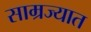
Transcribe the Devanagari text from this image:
साम्रज्यात